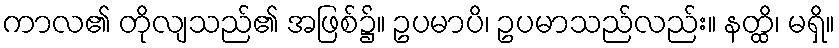
ကာလ၏ တိုလျသည်၏ အဖြစ်၌။ ဥပမာပိ၊ ဥပမာသည်လည်း။ နတ္ထိ၊ မရှိ။